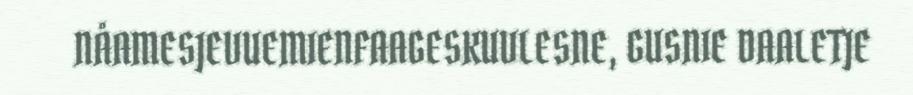
NÅAMESJEVUEMIENFAAGESKUVLESNE, GUSNIE DAALETJE